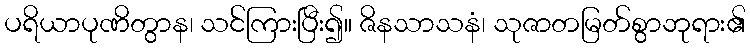
ပရိယာပုဏိတွာန၊ သင်ကြားပြီး၍။ ဇိနသာသနံ၊ သုဇာတမြတ်စွာဘုရား၏